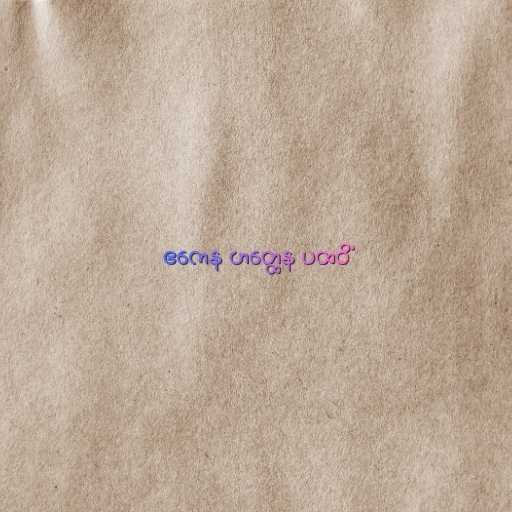
ဧကေန ဟတ္ထေန ပထဝိံ